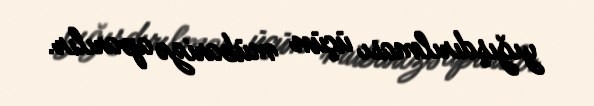
yığışdırılması üçün mübarizə aparılır.